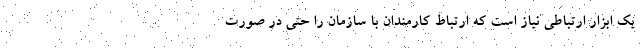
یک ابزار ارتباطی نیاز است که ارتباط کارمندان با سازمان را حتی در صورت